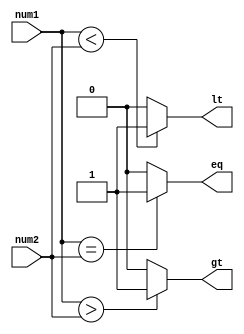
module signed_comparator (
    input signed [7:0] num1,
    input signed [7:0] num2,
    output reg gt,                  // greater than
    output reg lt,                  // less than
    output reg eq                   // equal to
);

always @* begin
    gt = (num1 > num2) ? 1'b1 : 1'b0;
    lt = (num1 < num2) ? 1'b1 : 1'b0;
    eq = (num1 == num2) ? 1'b1 : 1'b0;
end

endmodule